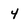
Character: 4